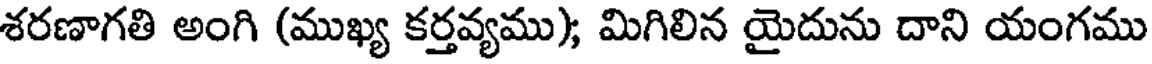
శరణాగతి అంగి (ముఖ్య కర్తవ్యము); మిగిలిన యైదును దాని యంగము